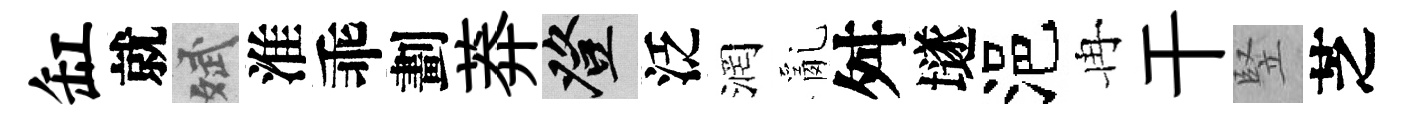
缸就斌淮乖劃莽登泛润亂舛𡑞浥冉干竪芝